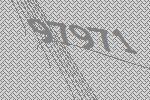
97971